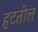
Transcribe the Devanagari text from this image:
हटतील